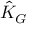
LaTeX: { \hat { K } } _ { G }